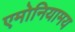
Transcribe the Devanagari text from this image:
एमोनियामय